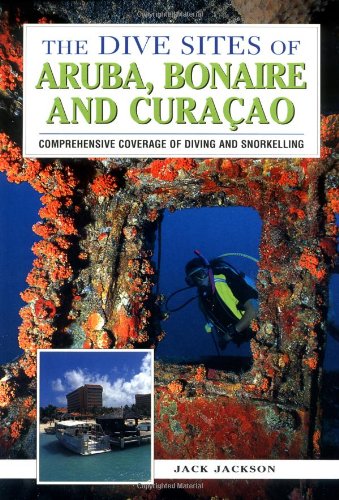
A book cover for The Dive Sites of Aruba, Bonaire, and Curacao : Comprehensive Coverage of Diving and Snorkeling; Jack Jackson; Travel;